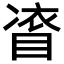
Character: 𭿀